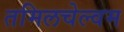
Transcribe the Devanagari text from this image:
तमिलचेल्वम